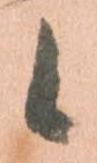
候